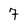
Character: 7